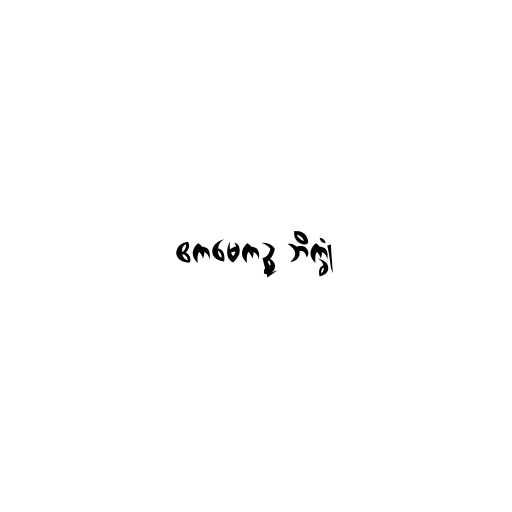
ဧကမေကဉ္စ ဘိက္ခုံ